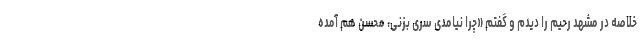
خلاصه در مشهد رحیم را دیدم و گفتم «چرا نیامدی سری بزنی، محسن هم آمده